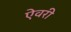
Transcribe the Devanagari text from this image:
ऐवरी